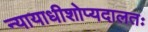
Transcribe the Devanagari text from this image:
न्यायाधीशोप्यदालतः